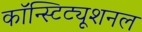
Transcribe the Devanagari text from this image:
कॉन्स्टिट्यूशनल